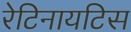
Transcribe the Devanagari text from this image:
रेटिनायटिस